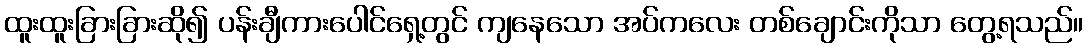
ထူးထူးခြားခြားဆို၍ ပန်းချီကားပေါင်ရှေ့တွင် ကျနေသော အပ်ကလေး တစ်ချောင်းကိုသာ တွေ့ရသည်။